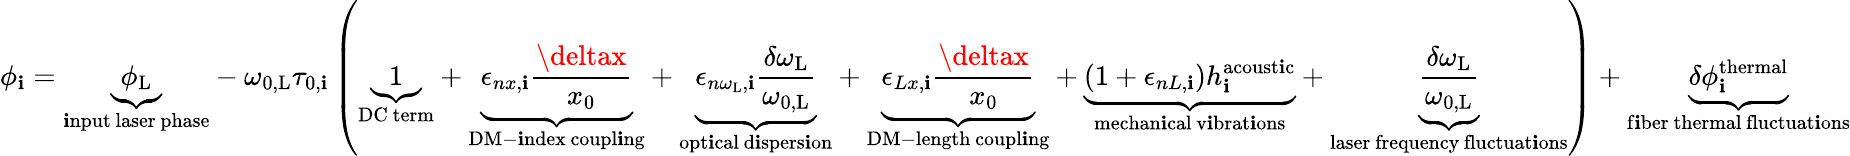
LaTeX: \phi_{\mathbf{i}}=\underbrace{{\phi_{\mathrm{{L}}}}}_{\substack{\mathrm{{\mathbf{i}nput}}\, \mathrm{{laser}}\, \mathrm{{phase}}}}-\omega_{0,\mathrm{{L}}}\tau_{0,\mathbf{i}}\left(\underbrace{{1}}_{\mathrm{{DC~term}}}+\underbrace{{\epsilon_{nx,\mathbf{i}}\frac{{\deltax}}{{x_{0}}}}}_{\substack{\mathrm{{DM-\mathbf{i}ndex}}\, \mathrm{{coupl\mathbf{i}ng}}}}+\underbrace{{\epsilon_{n\omega_{\mathrm{{L}}},\mathbf{i}}\frac{{\delta\omega_{\mathrm{{L}}}}}{{\omega_{0,\mathrm{{L}}}}}}}_{\substack{\mathrm{{opt\mathbf{i}cal}}\, \mathrm{{d\mathbf{i}spers\mathbf{i}on}}}}+\underbrace{{\epsilon_{Lx,\mathbf{i}}\frac{{\deltax}}{{x_{0}}}}}_{\substack{\mathrm{{DM-length}}\, \mathrm{{coupl\mathbf{i}ng}}}}+\underbrace{{\left(1+\epsilon_{nL,\mathbf{i}}\right)h_{\mathbf{i}}^{\mathrm{{acoust\mathbf{i}c}}}}}_{\substack{\mathrm{{mechan\mathbf{i}cal}}\, \mathrm{{v\mathbf{i}brat\mathbf{i}ons}}}}+\underbrace{{\frac{{\delta\omega_{\mathrm{{L}}}}}{{\omega_{0,\mathrm{{L}}}}}}}_{\substack{\mathrm{{laser~frequency}}\, \mathrm{{fluctuat\mathbf{i}ons}}}}\right)+\underbrace{{\delta\phi_{\mathbf{i}}^{\mathrm{{thermal}}}}}_{\substack{\mathrm{{f\mathbf{i}ber~thermal}}\, \mathrm{{fluctuat\mathbf{i}ons}}}}